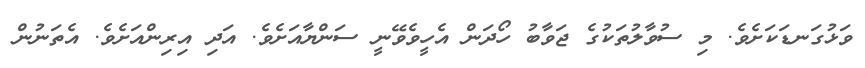
ވަޅުގަނޑަކަށެވެ. މި ސުވާލުތަކުގެ ޖަވާބު ހޯދަން އެހީވެވޭނީ ސަންޔާއަށެވެ. އަދި އިރިންއަށެވެ. އެތަނުން